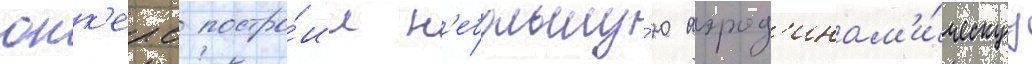
юнк'ерс постро́ил н'ебольшу́ю аэрод'инам'и́ческуу